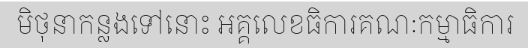
មិថុនាកន្លងទៅនោះ អគ្គលេខធិការគណៈកម្មាធិការ